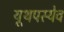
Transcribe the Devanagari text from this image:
यूथपस्येव